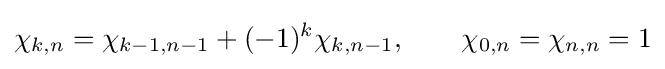
\chi _{k,n}=\chi _{k-1,n-1}+(-1)^{k}\chi _{k,n-1},\qquad \chi _{0,n}=\chi _{n,n}=1